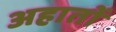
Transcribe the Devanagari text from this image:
अहातों